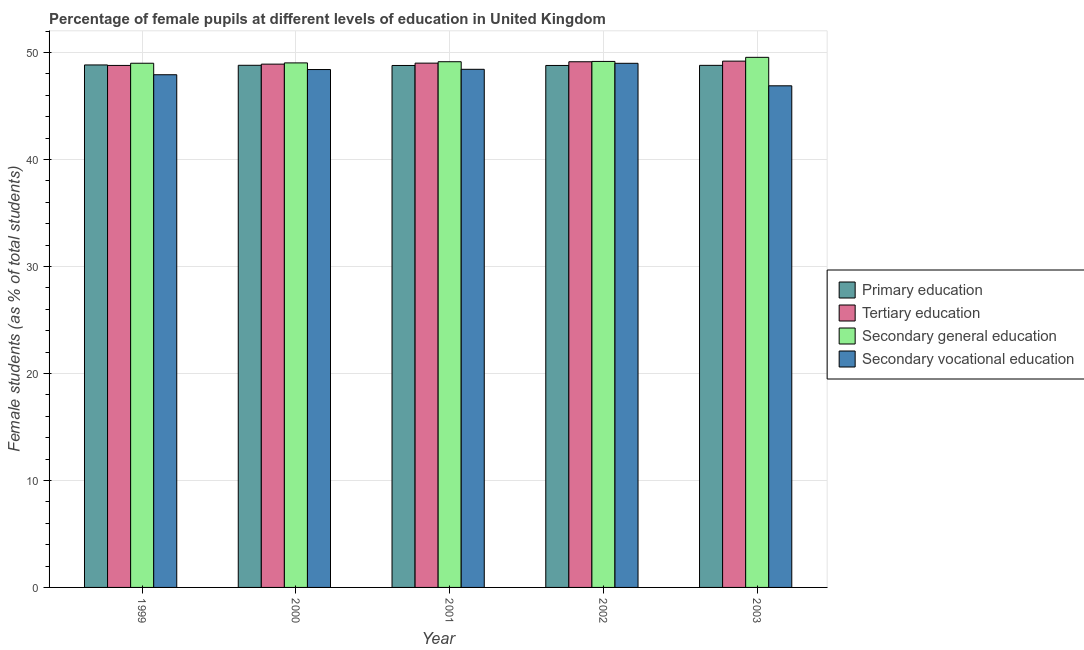
| Year | Primary education | Tertiary education | Secondary general education | Secondary vocational education |
 | --- | --- | --- | --- | --- |
 | 1999 | 48.8 | 48.8 | 49 | 47.9 |
 | 2000 | 48.8 | 48.9 | 49 | 48.4 |
 | 2001 | 48.8 | 49 | 49.1 | 48.4 |
 | 2002 | 48.8 | 49.1 | 49.2 | 49 |
 | 2003 | 48.8 | 49.2 | 49.5 | 46.9 |